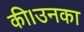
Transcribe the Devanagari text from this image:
की।उनका